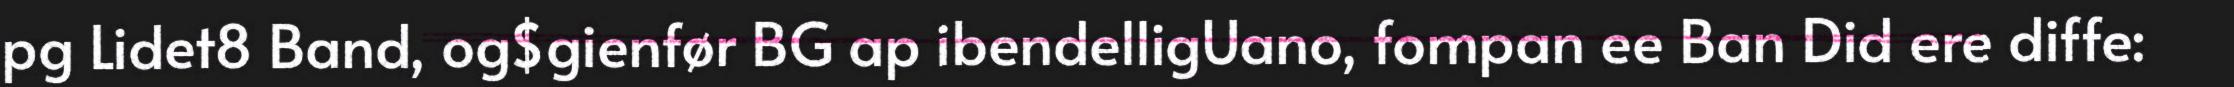
pg Lidet8 Band, og$gienfør BG ap ibendelligUano, fompan ee Ban Did ere diffe: